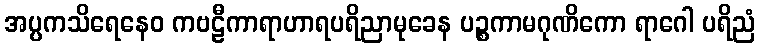
အပ္ပကသိရေနေဝ ကဗဠီကာရာဟာရပရိညာမုခေန ပဉ္စကာမဂုဏိကော ရာဂေါ ပရိညံ